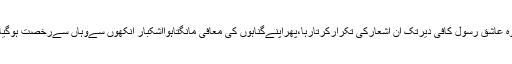
وہ عاشقِ رسول کافی دیرتک اِن اَشعارکی تکرارکرتارہا،پھراپنےگناہوں کی مُعَافی مانگتاہوااَشکبار آنکھوں سےوہاں سےرُخصت ہوگیا۔